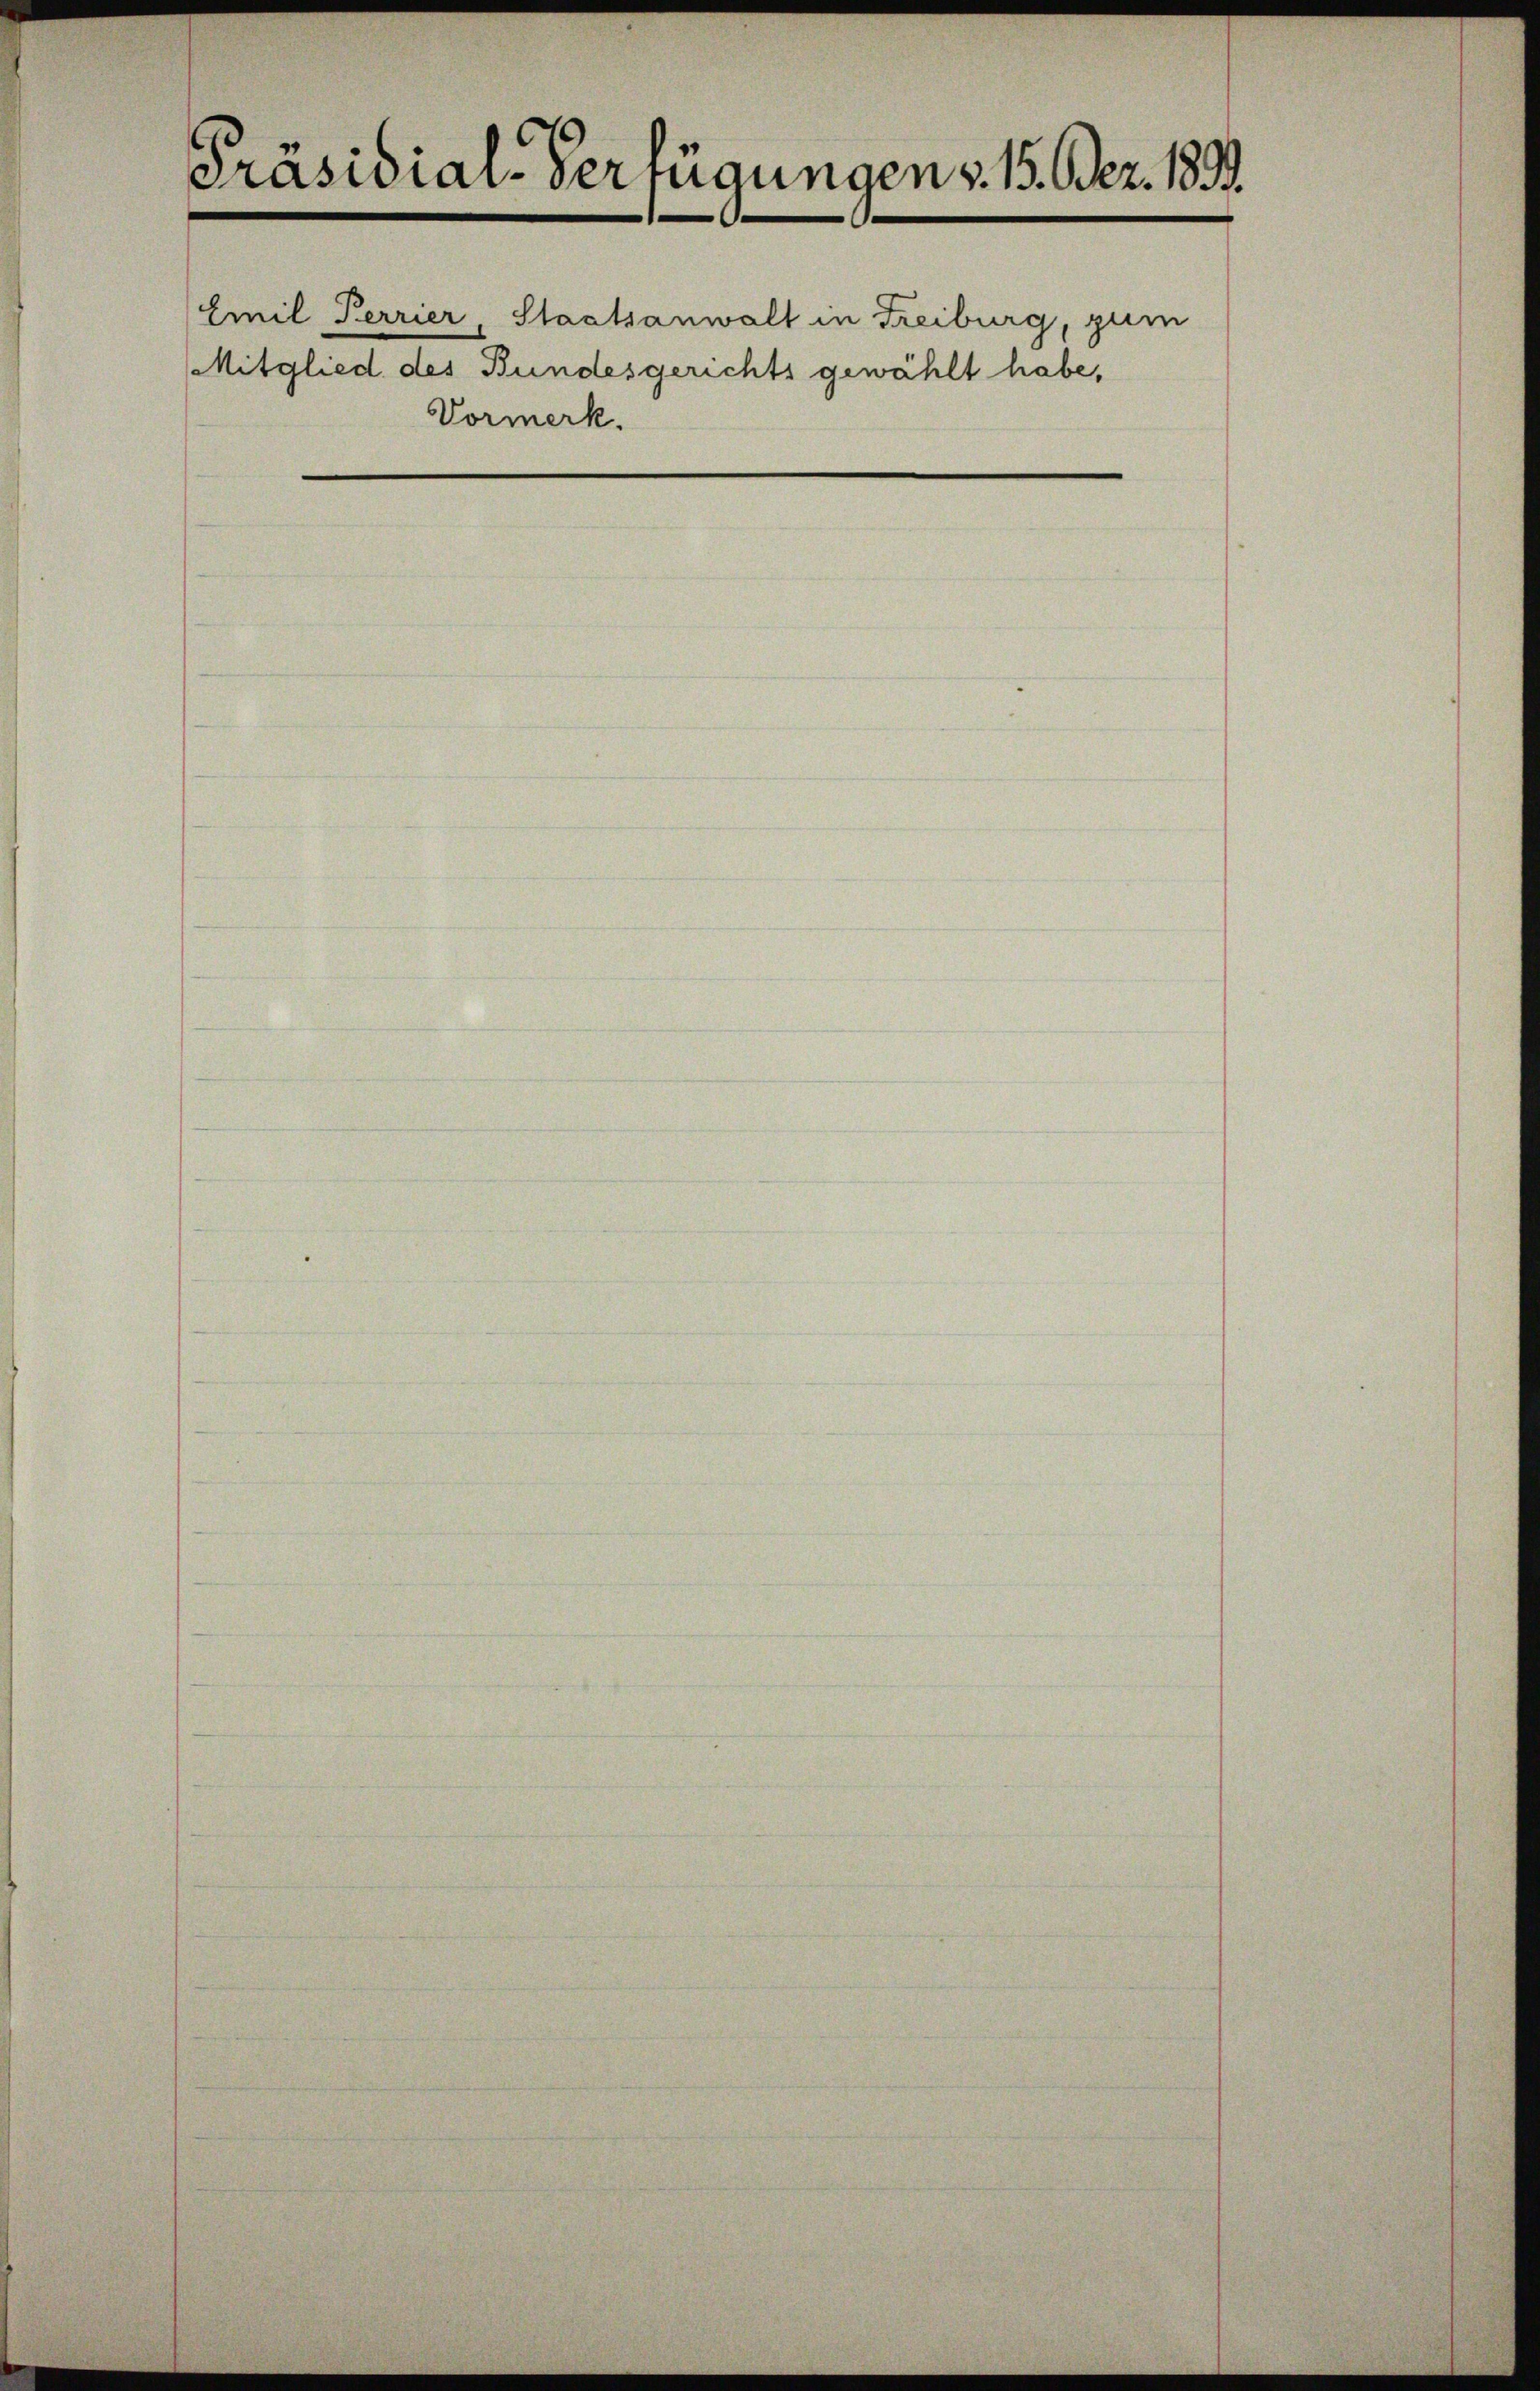
Präsidial-Verfügungen v. 15. Oder. 1891.
Emil Ferrier, Staatsanwalt in Freiburg, zum

Mitglied des Bundesgerichts gewählt habe,
Vormerk.